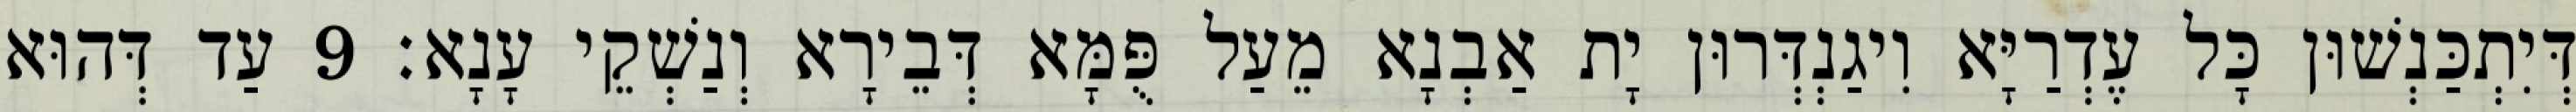
דְּיִתְכַּנְשׁוּן כָּל עֶדְרַיָּא וִיגַנְדְּרוּן יָת אַבְנָא מֵעַל פֻּמָּא דְּבֵירָא וְנַשְׁקֵי עָנָא׃ 9 עַד דְּהוּא